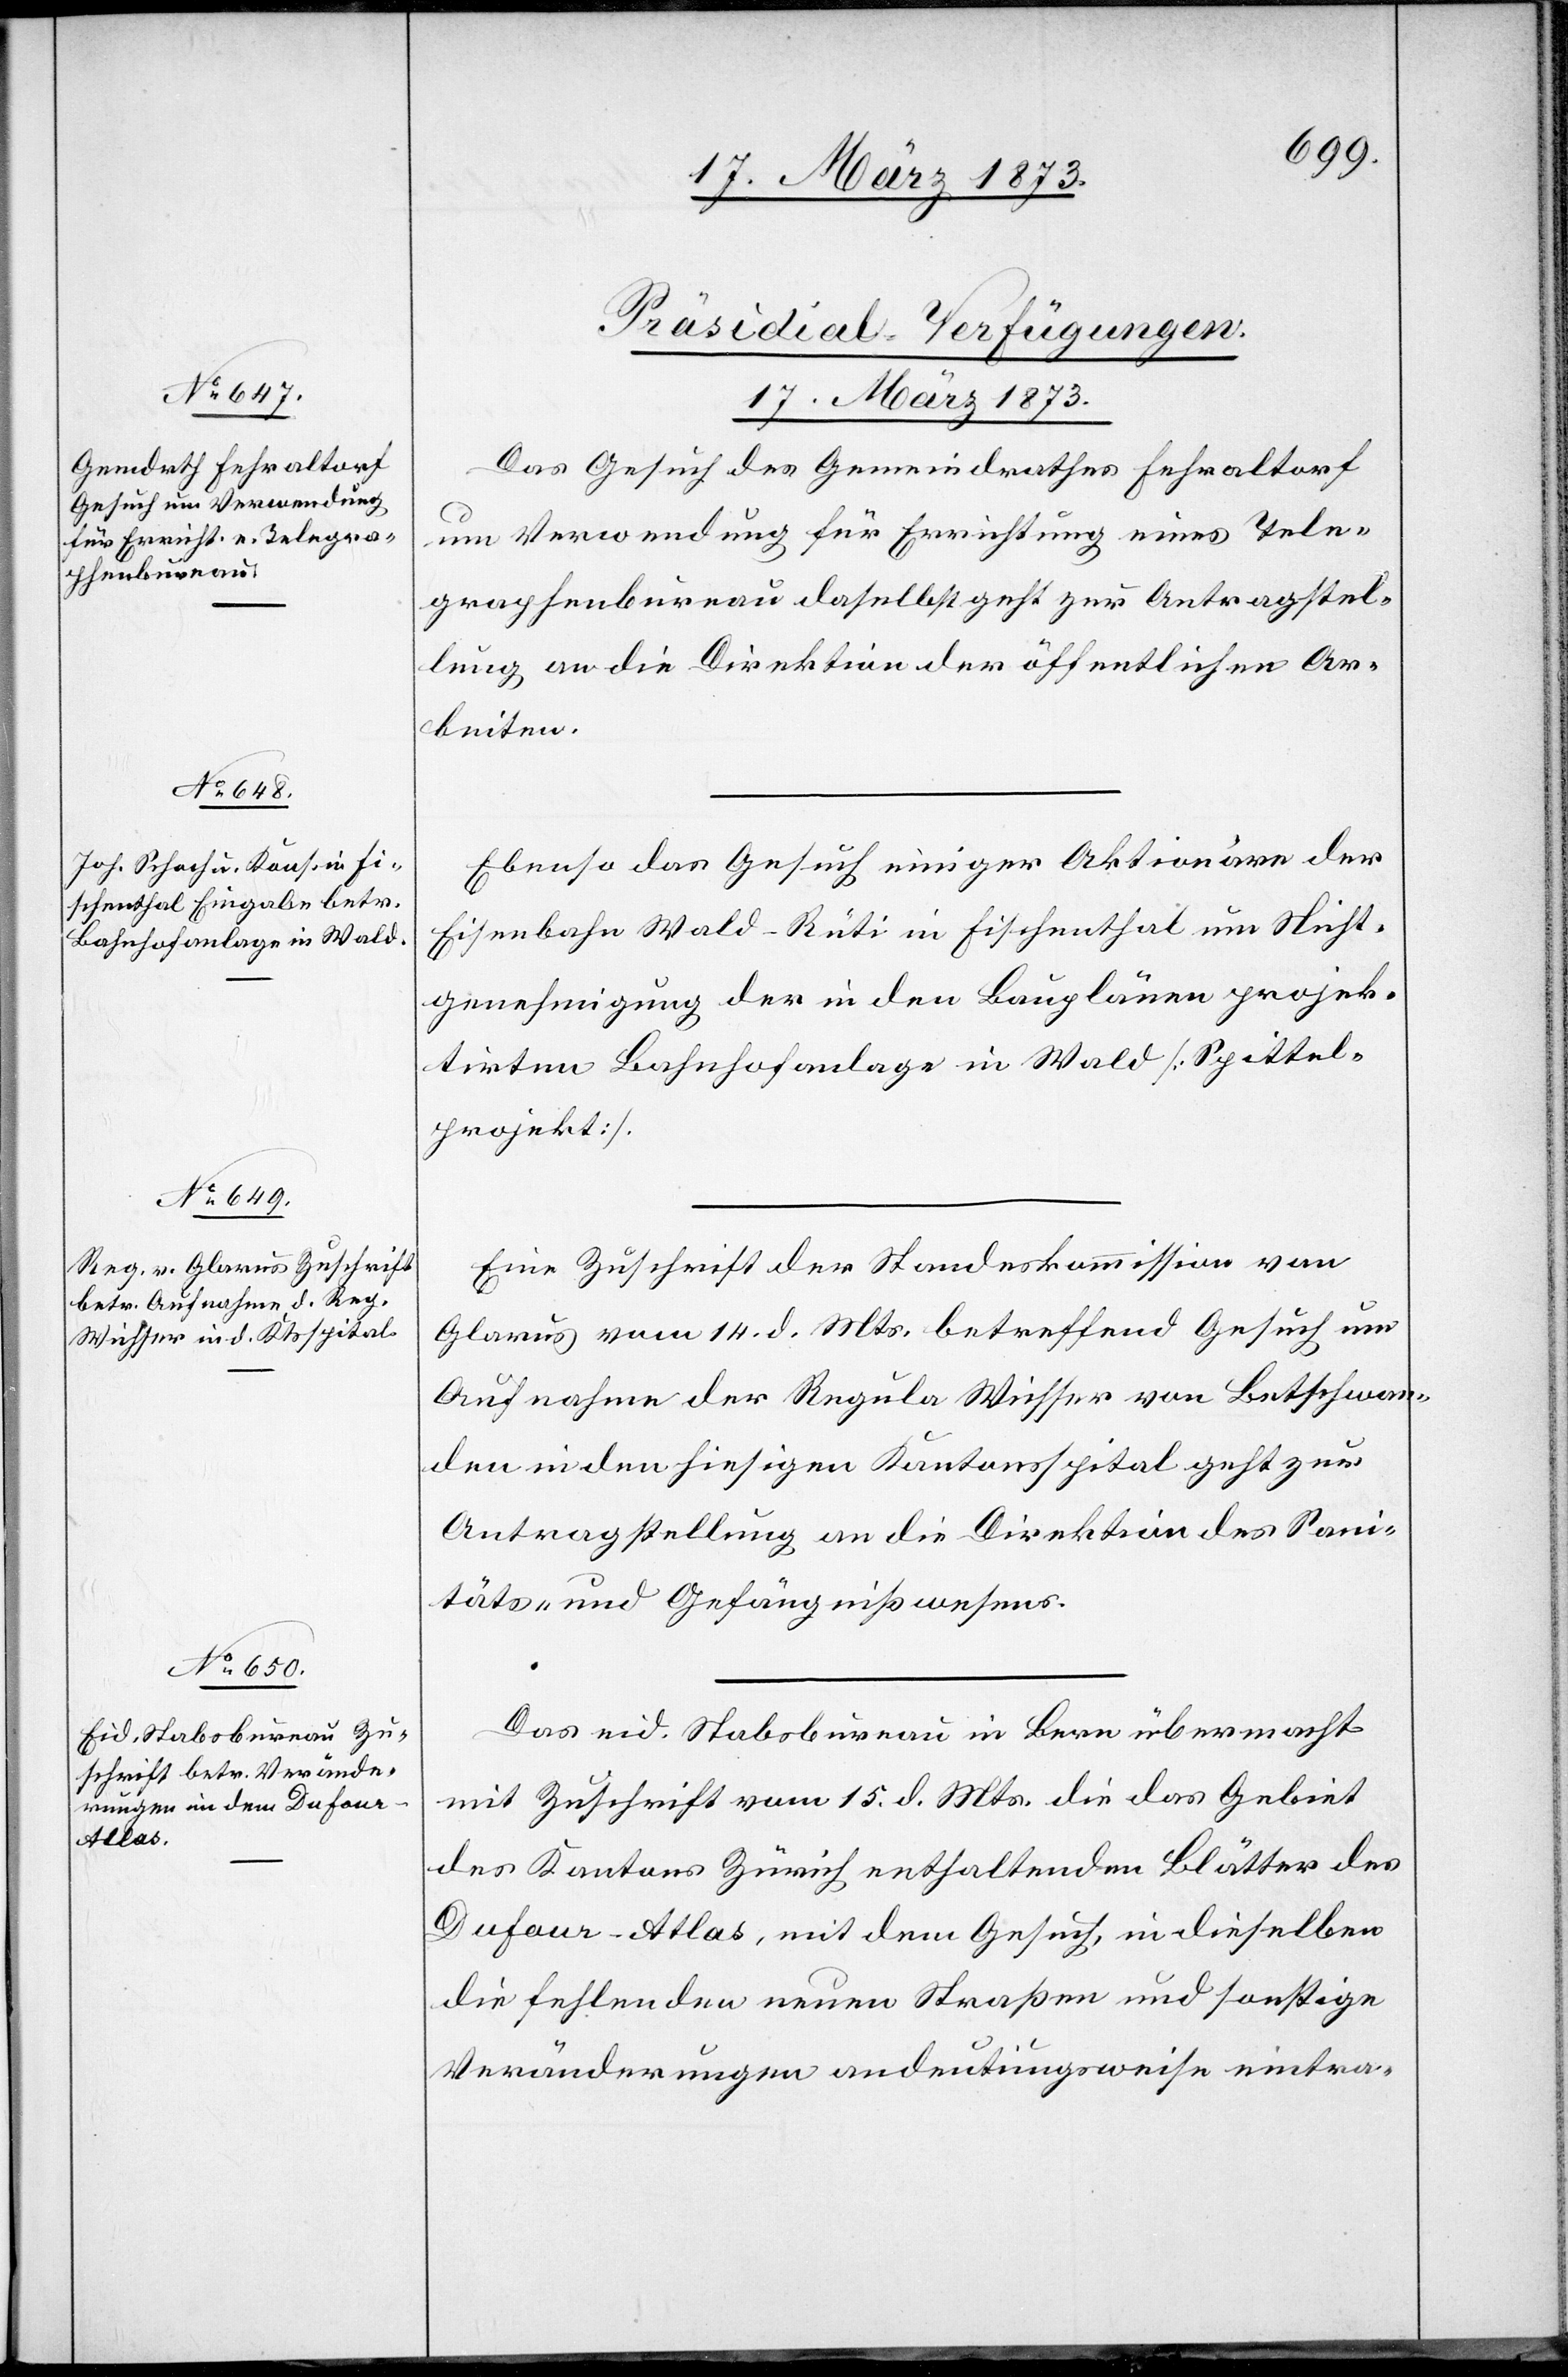
17. März 1873.]
[Präsidial-Verfügungen.
17. März 1873.
Das Gesuch des Gemeindrathes Fehraltorf
um Verwendung für Errichtung eines Tele¬
graphenbureau daselbst geht zur Antragstell¬
lung an die Direktion der öffentlichen Ar¬
beiten.
Ebenso das Gesuch einiger Aktionäre der
Eisenbahn Wald–Rüti in Fischenthal um Nicht¬
genehmigung der in den Bauplänen projek¬
tirten Bahnhofanlage in Wald [Spittel¬
projekt].
Eine Zuschrift der Standeskommission von
Glarus vom 14. d. Mts. betreffend Gesuch um
Aufnahme der Regula Wichser von Bettschwan¬
den in den hiesigen Kantonsspital geht zur
Antragstellung an die Direktion des Sani¬
täts- und Gefängnißwesens.
Das eid. Stabsbureau in Bern übermacht
mit Zuschrift vom 15. d. Mts. die das Gebiet
des Kantons Zürich enthaltenden Blätter des
Dufour-Atlas, mit dem Gesuch, in dieselben
die fehlenden neuen Straßen und sonstige
Veränderungen andeutungsweise eintra-